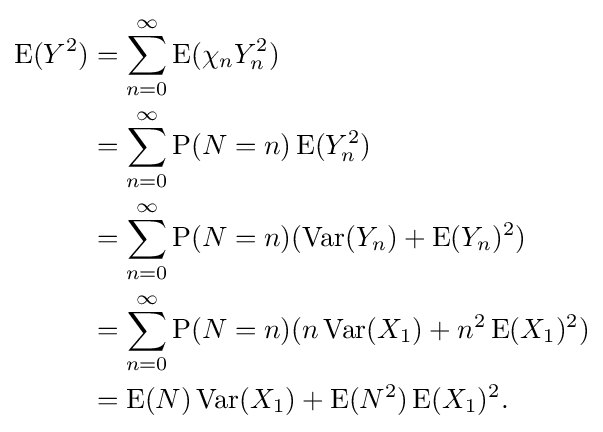
{\begin{aligned}\operatorname {E} (Y^{2})&=\sum _{n=0}^{\infty }\operatorname {E} (\chi _{n}Y_{n}^{2})\\&=\sum _{n=0}^{\infty }\operatorname {P} (N=n)\operatorname {E} (Y_{n}^{2})\\&=\sum _{n=0}^{\infty }\operatorname {P} (N=n)(\operatorname {Var} (Y_{n})+\operatorname {E} (Y_{n})^{2})\\&=\sum _{n=0}^{\infty }\operatorname {P} (N=n)(n\operatorname {Var} (X_{1})+n^{2}\operatorname {E} (X_{1})^{2})\\&=\operatorname {E} (N)\operatorname {Var} (X_{1})+\operatorname {E} (N^{2})\operatorname {E} (X_{1})^{2}.\end{aligned}}